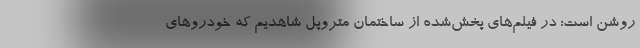
روشن است؛ در فیلم‌های پخش‌شده از ساختمان متروپل شاهدیم که خودروهای